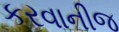
કરવાનીજ